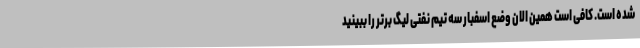
شده است. کافی است همین الان وضع اسفبار سه تیم نفتی لیگ برتر را ببینید